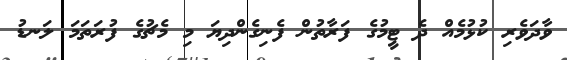
ވާދަވެރި ކުޅުމެއް ދެ ޓީމުގެ ފަރާތުން ފެނިގެންދިޔަ މި މެޗުގެ ފުރަތަމަ ލަނޑު